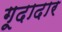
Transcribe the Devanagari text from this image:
गूदादार